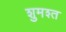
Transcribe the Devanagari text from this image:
शुमश्त